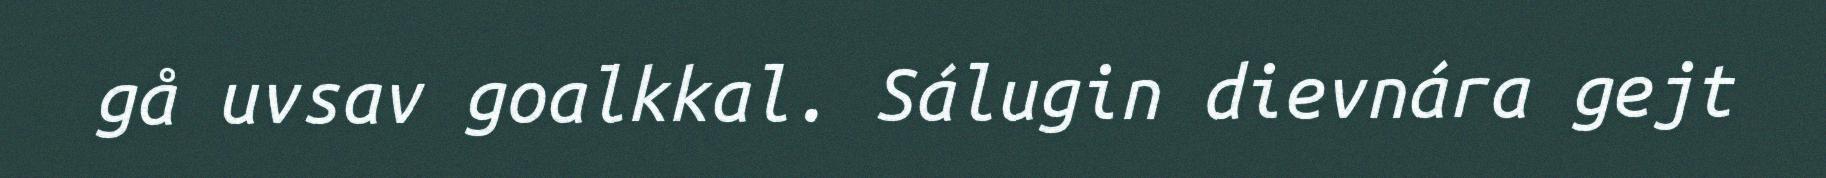
gå uvsav goalkkal. Sálugin dievnára gejt